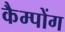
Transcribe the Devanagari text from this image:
कैम्पोंग